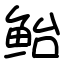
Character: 鲐